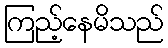
ကြည့်နေမိသည်